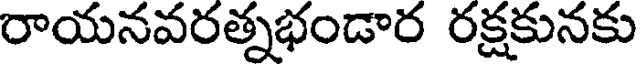
రాయనవరత్నభండార రక్షకునకు